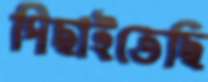
পিছাইতেছি